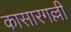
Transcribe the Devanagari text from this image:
कासारगल्ली